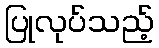
ပြုလုပ်သည့်